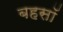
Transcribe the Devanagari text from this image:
बहसॉ